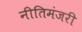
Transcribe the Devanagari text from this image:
नीतिमंजरी